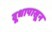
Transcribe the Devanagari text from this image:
दूधापासून